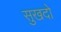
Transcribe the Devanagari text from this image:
सुखदो